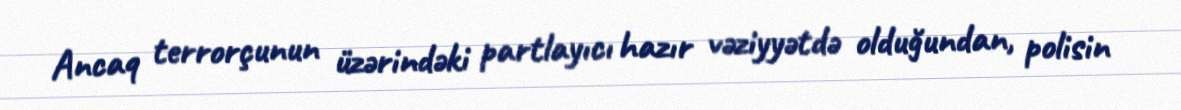
Ancaq terrorçunun üzərindəki partlayıcı hazır vəziyyətdə olduğundan, polisin